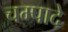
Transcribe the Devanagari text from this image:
चम्पादे